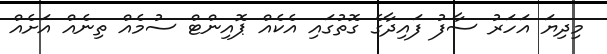
މިދިޔަ އަހަރު ސާފު ފައިދާގެ ގޮތުގައި އެކެއް ޕޮއިންޓް ސުމެއް ތިނެއް އަށެއް